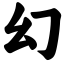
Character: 幻